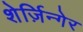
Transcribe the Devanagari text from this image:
शेर्ज़िन्गेर